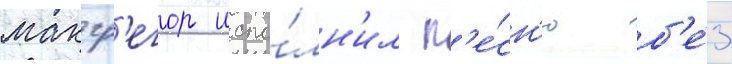
макгр'егор испо́лн'ил п'е́сн'ю б'е́з